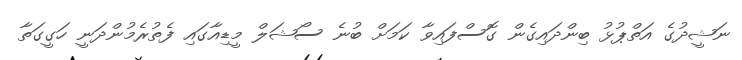
ނަޝީދުގެ އަތްޕުޅު ބިންދައިގެން ގޮސްފައިވާ ކަމަށް ބުނެ ސޯޝަލް މީޑިއާގައި ފެތުރެމުންދަނީ ހަގީގަތާ